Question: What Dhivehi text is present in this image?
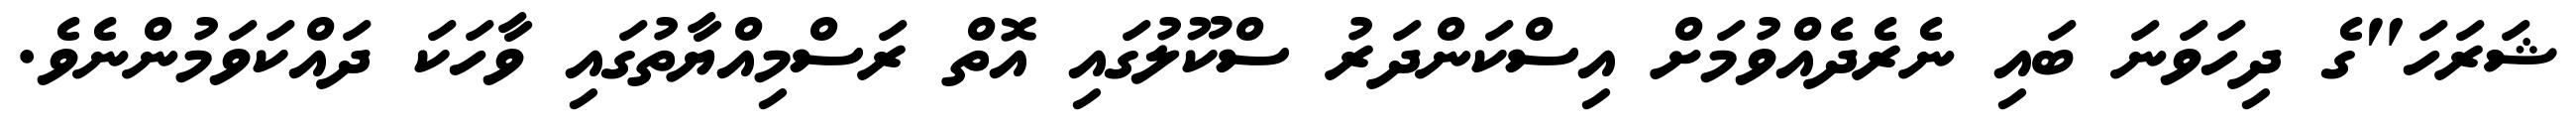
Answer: ޝަރަހަ"ގެ ދިހަވަނަ ބައި ނެރެދެއްވުމަށް އިސްކަންދަރު ސްކޫލުގައި އޮތް ރަސްމިއްޔާތުގައި ވާހަކަ ދައްކަވަމުންނެވެ.